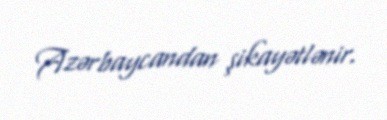
Azərbaycandan şikayətlənir.